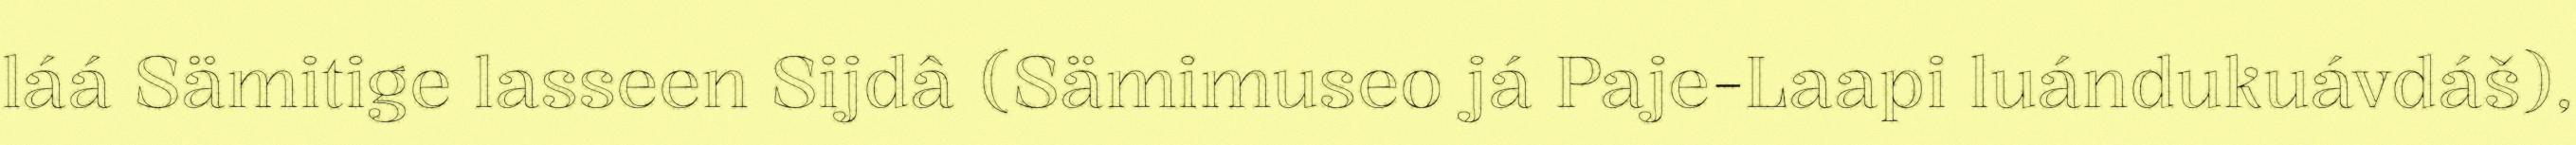
láá Sämitige lasseen Sijdâ (Sämimuseo já Paje-Laapi luándukuávdáš),